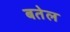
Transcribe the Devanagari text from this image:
बतेल